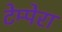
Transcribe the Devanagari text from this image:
टेम्पेरा